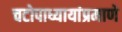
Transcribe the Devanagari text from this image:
चटोपाध्यायांप्रमाणे